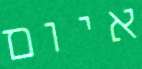
איום